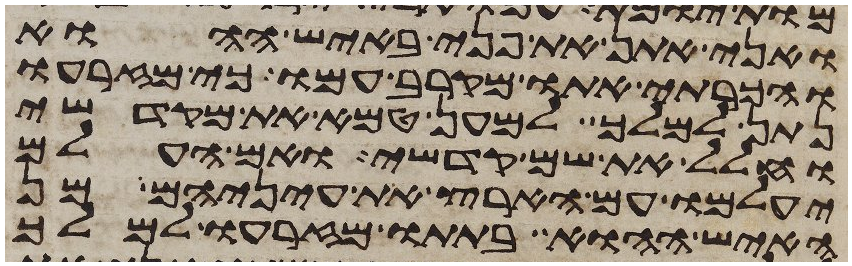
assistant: ואני אתן את פני באיש ההוא
והכרתי אתו מקרב עמו כי מזרעו
נתן למלך למען טמא את מקדשי
וחלל את שם קדשי ואם העלם
יעלמו עם הארץ את עיניהם מן
האיש ההוא בתתו מזרעו למלך